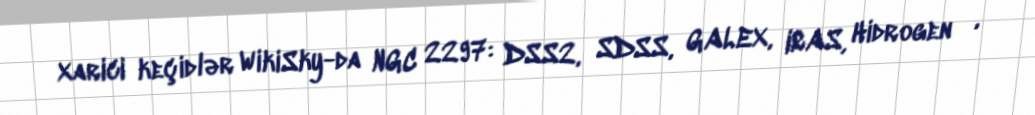
Xarici keçidlər WikiSky-da NGC 2297: DSS2, SDSS, GALEX, IRAS, Hidrogen α,